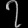
Digit: ၇